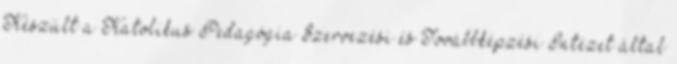
Készült a Katolikus Pedagógia Szervezési és Továbbképzési Intézet által